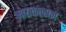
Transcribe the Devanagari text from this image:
मायकल्सन